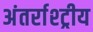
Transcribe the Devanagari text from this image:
अंतर्राश्ट्रीय